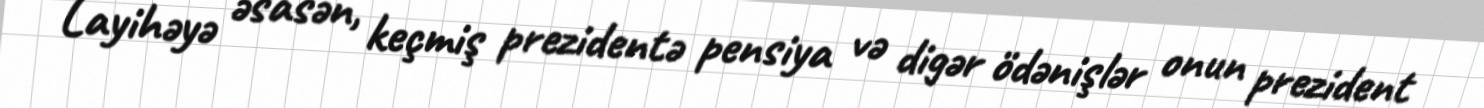
Layihəyə əsasən, keçmiş prezidentə pensiya və digər ödənişlər onun prezident